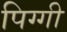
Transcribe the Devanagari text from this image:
पिग्गी